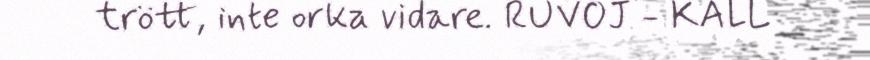
trött, inte orka vidare. RUVOJ - KALL